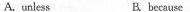
A.unless B. because